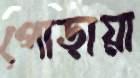
পোড়ায়া